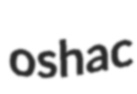
oshac